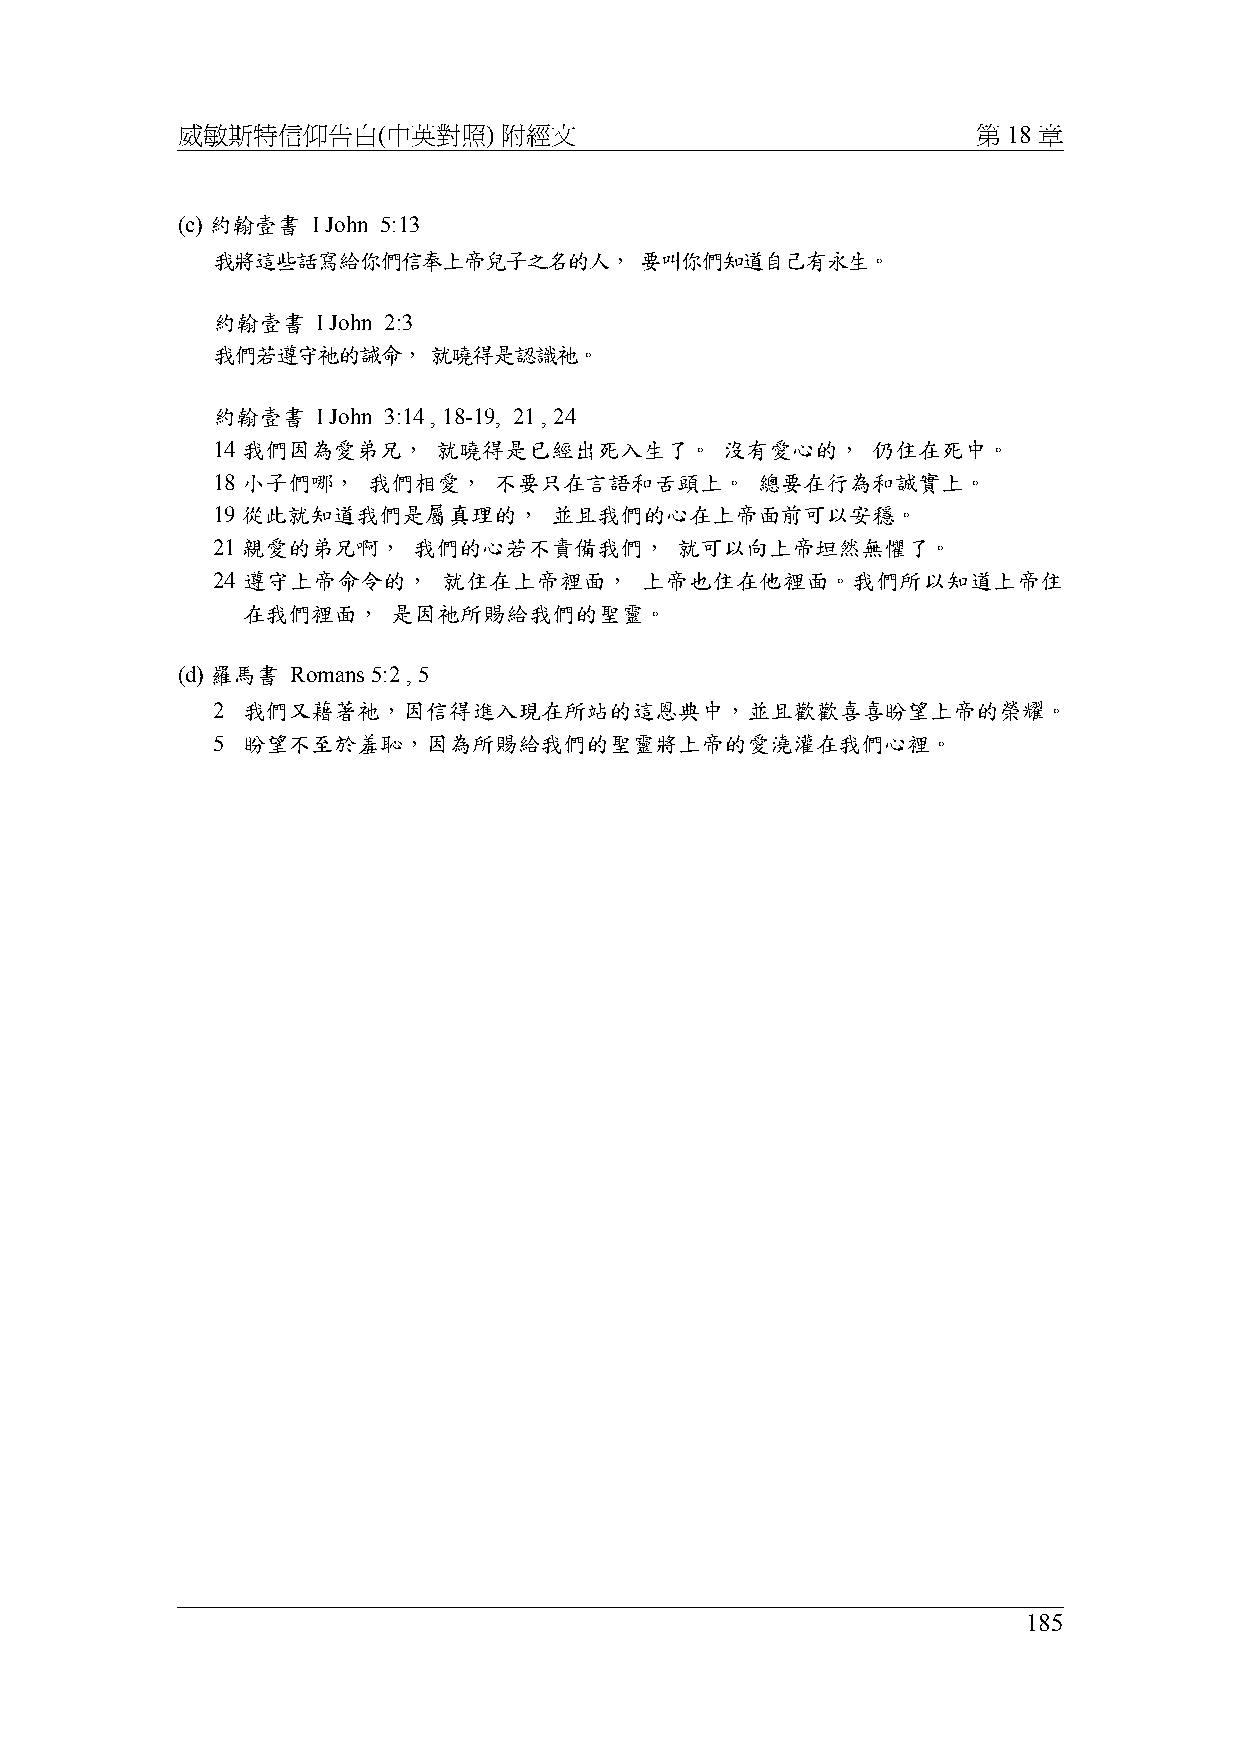
威敏斯特信仰告白(中英對照)       附經文                             第 18 章
 (c) 約翰壹書 I John 5:13
 我將這些話寫給你們信奉上帝兒子之名的人，        要叫你們知道自己有永生。
 約翰壹書   I John 2:3
 我們若遵守祂的誡命，     就曉得是認識祂。
 約翰壹書   I John 3:14 , 18-19, 21 , 24
 14 我們因為愛弟兄，    就曉得是已經出死入生了。       沒有愛心的，    仍住在死中。
 18 小子們哪，  我們相愛，    不要只在言語和舌頭上。      總要在行為和誠實上。
 19 從此就知道我們是屬真理的，      並且我們的心在上帝面前可以安穩。
 21 親愛的弟兄啊，   我們的心若不責備我們，       就可以向上帝坦然無懼了。
 24 遵守上帝命令的，    就住在上帝裡面，     上帝也住在他裡面。我們所以知道上帝住
 在我們裡面，    是因祂所賜給我們的聖靈。
 (d) 羅馬書 Romans 5:2 , 5
 2 我們又藉著祂，因信得進入現在所站的這恩典中，並且歡歡喜喜盼望上帝的榮耀。
 5 盼望不至於羞恥，因為所賜給我們的聖靈將上帝的愛澆灌在我們心裡。
 185